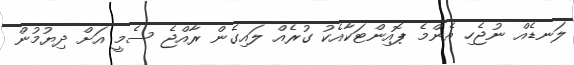
ލަނޑެއް ނުޖެހި އެންމެ ޕޮއިންޓަކާއެކު ގުރެއް ލައިގެން ރާއްޖެ ސެމީ އަށް ދިޔުމުން